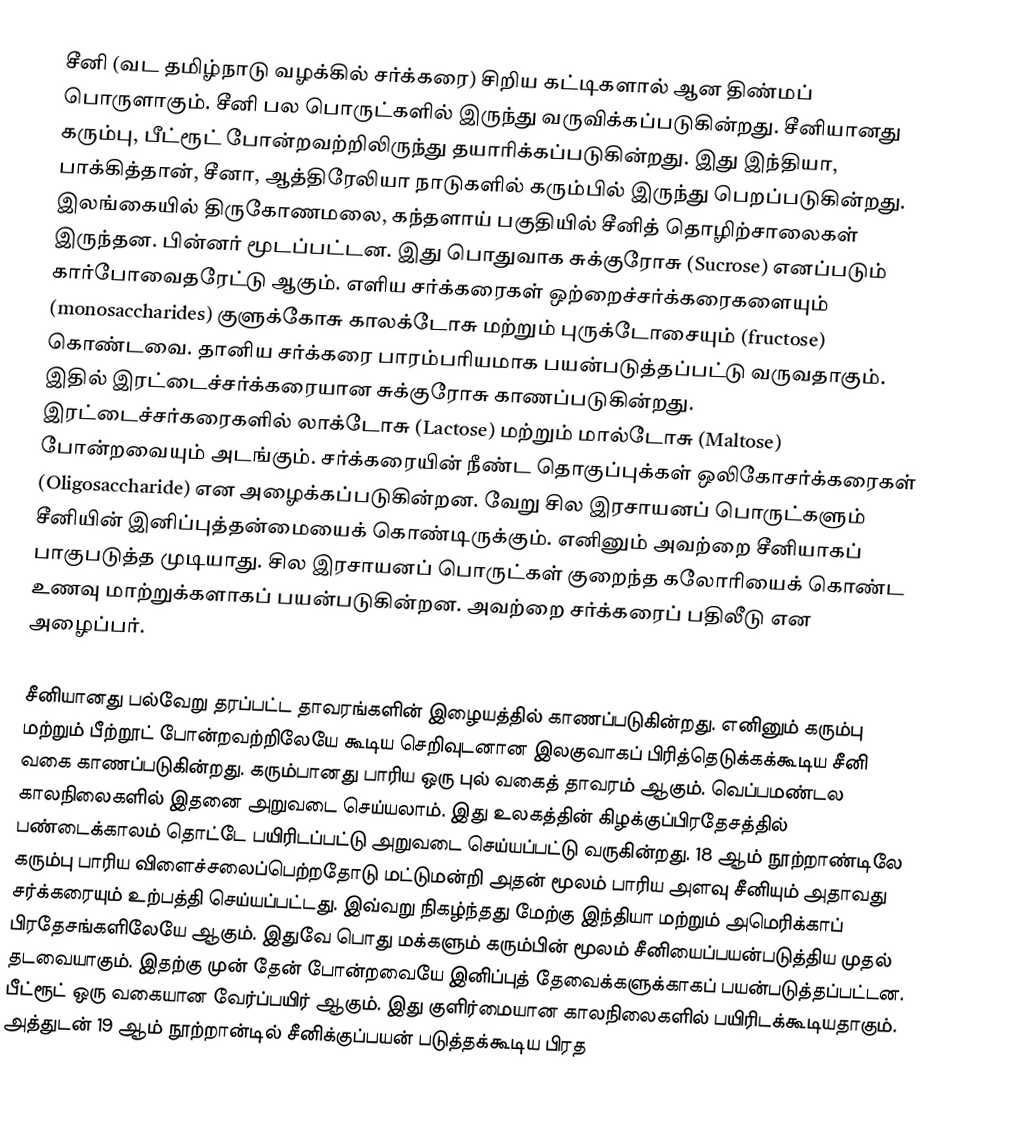
சீனி (வட தமிழ்நாடு வழக்கில் சர்க்கரை) சிறிய கட்டிகளால் ஆன திண்மப் பொருளாகும். சீனி பல பொருட்களில் இருந்து வருவிக்கப்படுகின்றது. சீனியானது கரும்பு, பீட்ரூட் போன்றவற்றிலிருந்து தயாரிக்கப்படுகின்றது. இது இந்தியா, பாக்கித்தான், சீனா,  ஆத்திரேலியா நாடுகளில் கரும்பில் இருந்து பெறப்படுகின்றது. இலங்கையில் திருகோணமலை, கந்தளாய் பகுதியில் சீனித் தொழிற்சாலைகள் இருந்தன. பின்னர் மூடப்பட்டன. இது பொதுவாக சுக்குரோசு (Sucrose) எனப்படும் கார்போவைதரேட்டு ஆகும். எளிய சர்க்கரைகள் ஒற்றைச்சர்க்கரைகளையும் (monosaccharides) குளுக்கோசு காலக்டோசு மற்றும் புருக்டோசையும் (fructose) கொண்டவை. தானிய சர்க்கரை பாரம்பரியமாக பயன்படுத்தப்பட்டு வருவதாகும். இதில் இரட்டைச்சர்க்கரையான சுக்குரோசு காணப்படுகின்றது. இரட்டைச்சர்கரைகளில் லாக்டோசு (Lactose) மற்றும் மால்டோசு (Maltose) போன்றவையும் அடங்கும். சர்க்கரையின் நீண்ட தொகுப்புக்கள் ஒலிகோசர்க்கரைகள் (Oligosaccharide) என அழைக்கப்படுகின்றன. வேறு சில இரசாயனப் பொருட்களும் சீனியின் இனிப்புத்தன்மையைக் கொண்டிருக்கும். எனினும் அவற்றை சீனியாகப் பாகுபடுத்த முடியாது. சில இரசாயனப் பொருட்கள் குறைந்த கலோரியைக் கொண்ட உணவு மாற்றுக்களாகப் பயன்படுகின்றன. அவற்றை சர்க்கரைப் பதிலீடு என அழைப்பர்.

சீனியானது பல்வேறு தரப்பட்ட தாவரங்களின் இழையத்தில் காணப்படுகின்றது. எனினும் கரும்பு மற்றும் பீற்றூட் போன்றவற்றிலேயே கூடிய செறிவுடனான இலகுவாகப் பிரித்தெடுக்கக்கூடிய சீனி வகை காணப்படுகின்றது. கரும்பானது பாரிய ஒரு புல் வகைத் தாவரம் ஆகும். வெப்பமண்டல காலநிலைகளில் இதனை அறுவடை செய்யலாம். இது உலகத்தின் கிழக்குப்பிரதேசத்தில் பண்டைக்காலம் தொட்டே பயிரிடப்பட்டு அறுவடை செய்யப்பட்டு வருகின்றது. 18 ஆம் நூற்றாண்டிலே கரும்பு பாரிய விளைச்சலைப்பெற்றதோடு மட்டுமன்றி அதன் மூலம் பாரிய அளவு சீனியும் அதாவது சர்க்கரையும் உற்பத்தி செய்யப்பட்டது. இவ்வறு நிகழ்ந்தது மேற்கு இந்தியா மற்றும் அமெரிக்காப் பிரதேசங்களிலேயே ஆகும். இதுவே பொது மக்களும் கரும்பின் மூலம் சீனியைப்பயன்படுத்திய முதல் தடவையாகும். இதற்கு முன் தேன் போன்றவையே இனிப்புத் தேவைக்களுக்காகப் பயன்படுத்தப்பட்டன. பீட்ரூட் ஒரு வகையான வேர்ப்பயிர் ஆகும். இது குளிர்மையான காலநிலைகளில் பயிரிடக்கூடியதாகும். அத்துடன் 19 ஆம் நூற்றான்டில் சீனிக்குப்பயன் படுத்தக்கூடிய பிரத